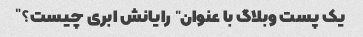
یک پست وبلاگ با عنوان "رایانش ابری چیست؟"